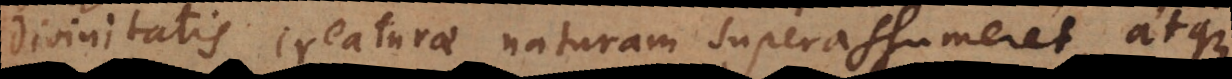
divinitatis creaturae naturam superassumeret, atque